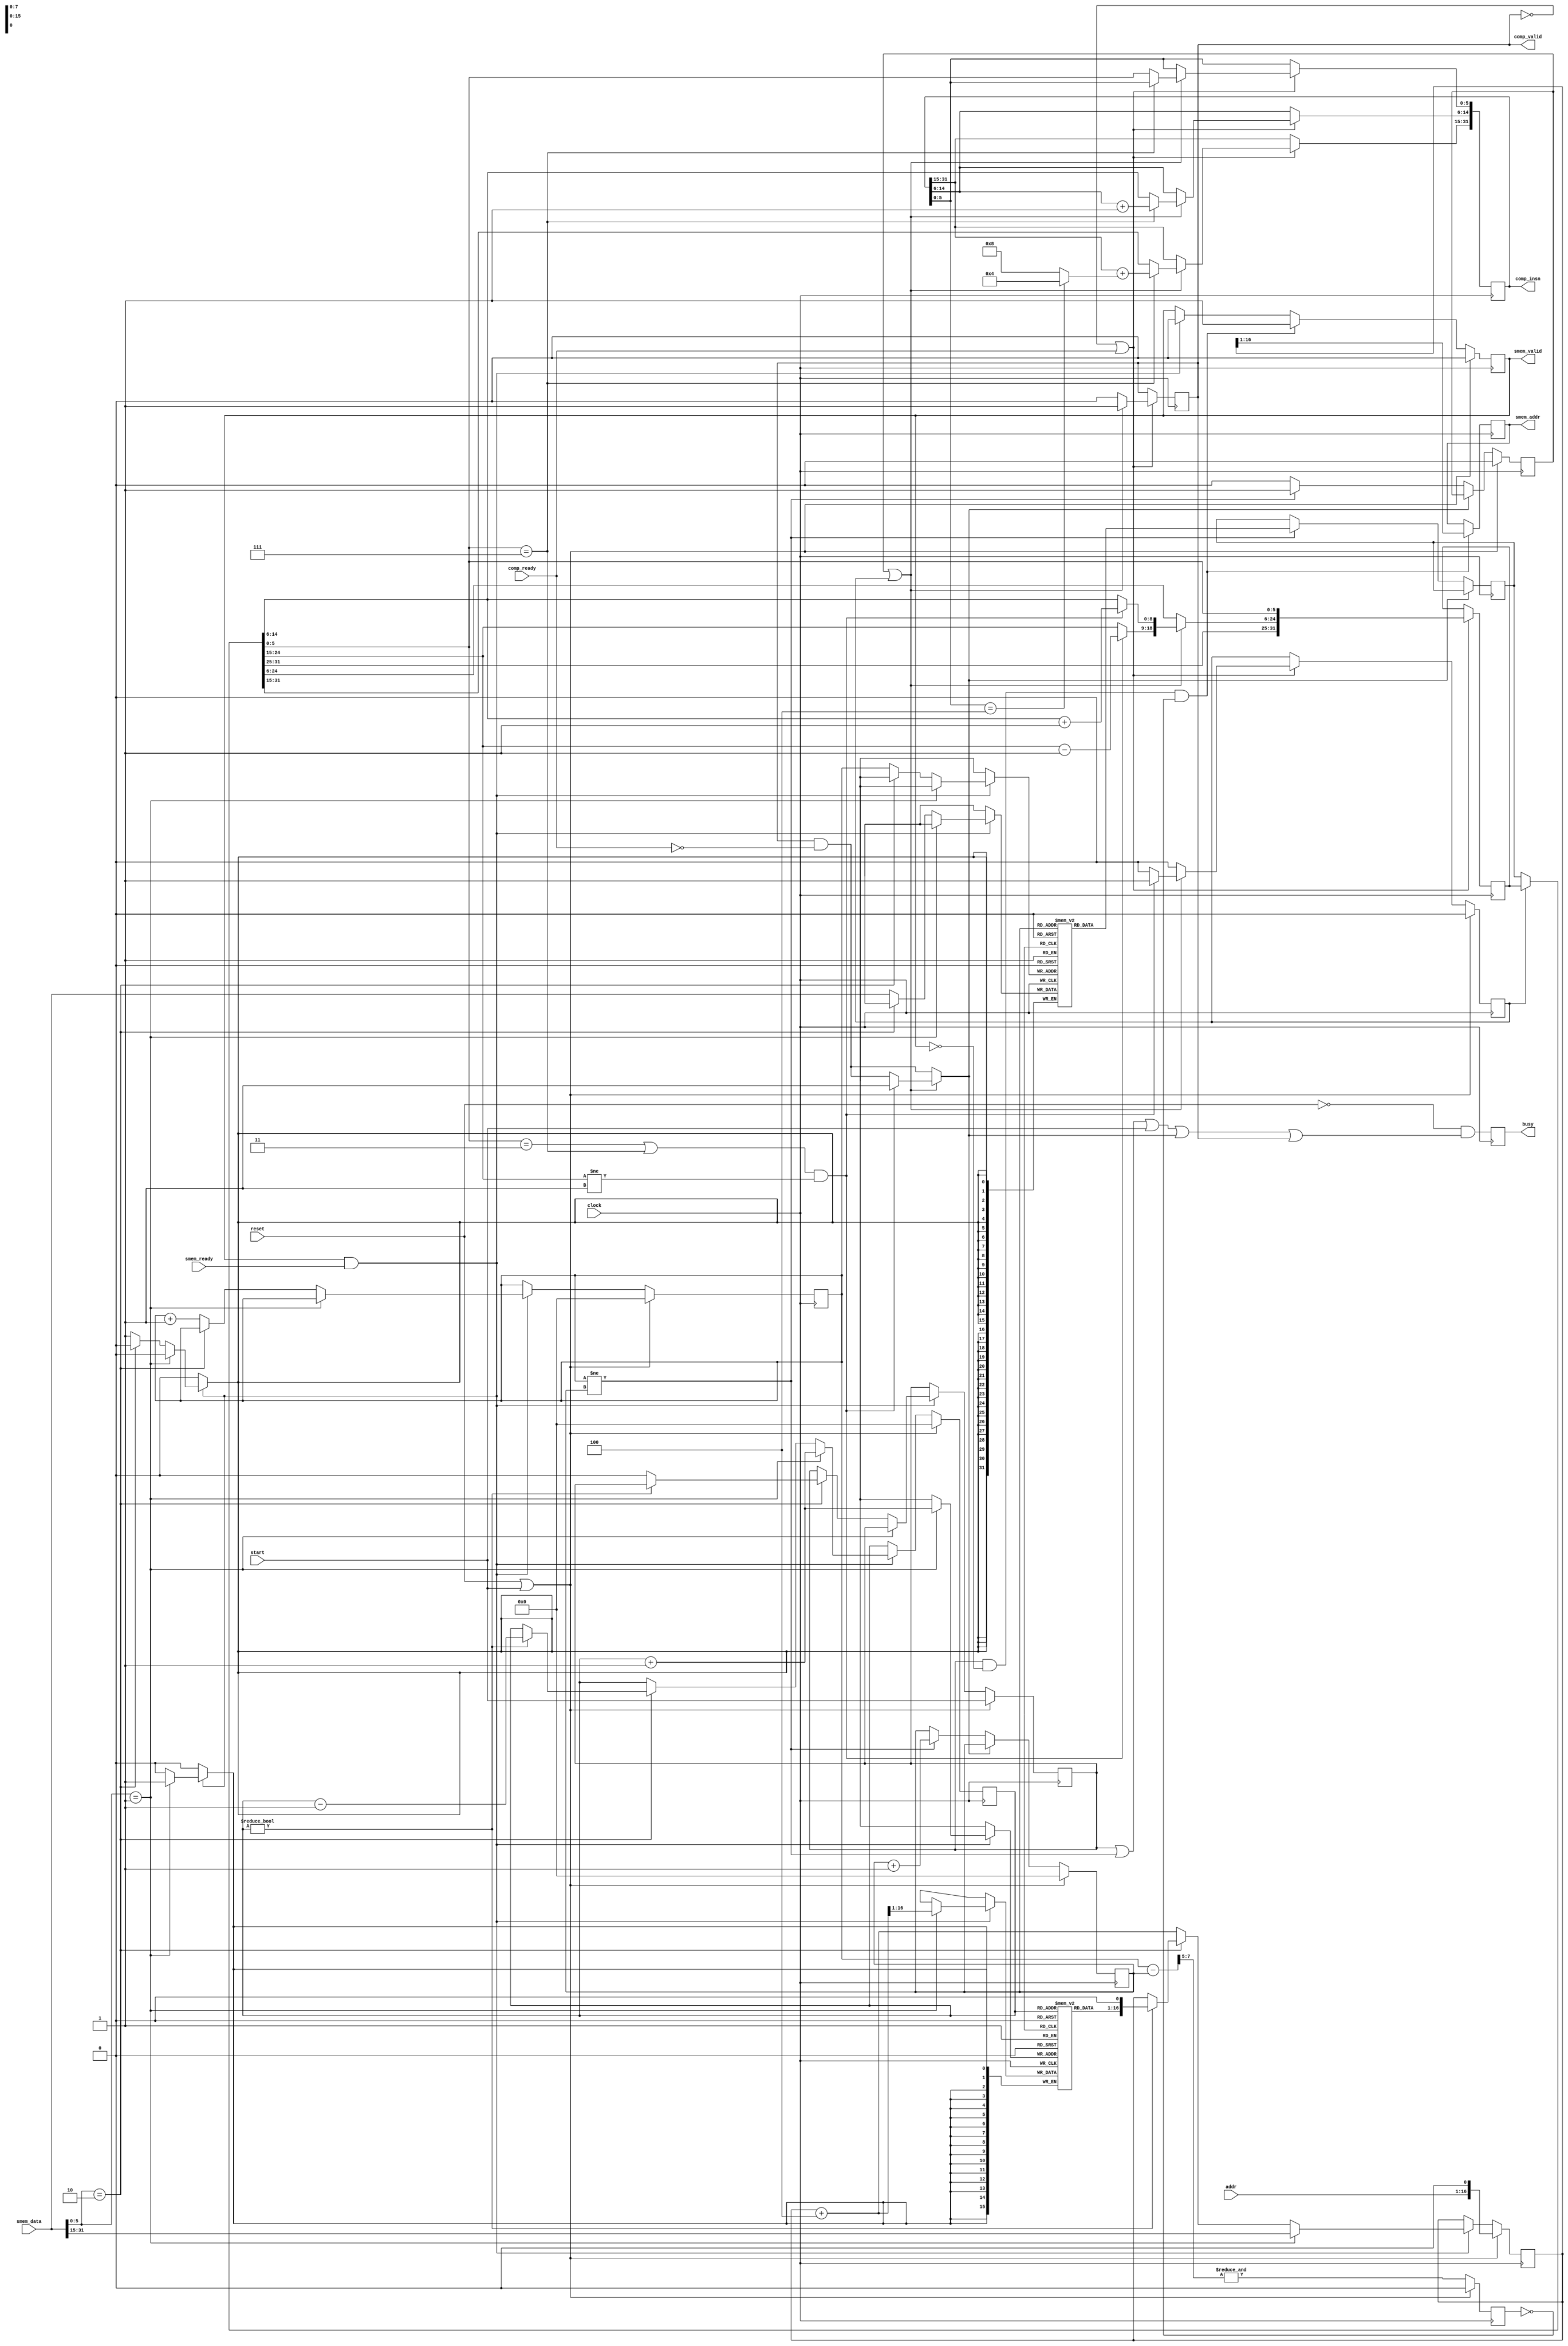
/*
 *  Copyright (C) 2018  Clifford Wolf <clifford@symbioticeda.com>
 *
 *  Permission to use, copy, modify, and/or distribute this software for any
 *  purpose with or without fee is hereby granted, provided that the above
 *  copyright notice and this permission notice appear in all copies.
 *
 *  THE SOFTWARE IS PROVIDED "AS IS" AND THE AUTHOR DISCLAIMS ALL WARRANTIES
 *  WITH REGARD TO THIS SOFTWARE INCLUDING ALL IMPLIED WARRANTIES OF
 *  MERCHANTABILITY AND FITNESS. IN NO EVENT SHALL THE AUTHOR BE LIABLE FOR
 *  ANY SPECIAL, DIRECT, INDIRECT, OR CONSEQUENTIAL DAMAGES OR ANY DAMAGES
 *  WHATSOEVER RESULTING FROM LOSS OF USE, DATA OR PROFITS, WHETHER IN AN
 *  ACTION OF CONTRACT, NEGLIGENCE OR OTHER TORTIOUS ACTION, ARISING OUT OF
 *  OR IN CONNECTION WITH THE USE OR PERFORMANCE OF THIS SOFTWARE.
 *
 */

module marlann_sequencer (
	input             clock,
	input             reset,
	input             start,
	input      [15:0] addr,
	output reg        busy,

	output reg        smem_valid,
	input             smem_ready,
	output reg [15:0] smem_addr,
	input      [31:0] smem_data,

	output reg        comp_valid,
	input             comp_ready,
	output reg [31:0] comp_insn
);
	localparam [5:0] opcode_sync    = 0;
	localparam [5:0] opcode_call    = 1;
	localparam [5:0] opcode_return  = 2;
	localparam [5:0] opcode_execute = 3;
	localparam [5:0] opcode_contld  = 7;

	/**** Front-End ****/

	reg running;
	reg [16:0] pc;

	reg [7:0] callstack_ptr;
	reg [15:0] callstack [0:255];

	reg [7:0] queue_iptr, queue_optr;
	reg [31:0] queue [0:255];

	wire [7:0] queue_fill = queue_iptr - queue_optr;
	reg queue_full;

	always @(posedge clock) begin
		if (smem_valid && smem_ready) begin
			smem_valid <= 0;
			if (smem_data[5:0] == opcode_call) begin
				callstack_ptr <= callstack_ptr + 1;
				callstack[callstack_ptr+1] <= (pc + 4) >> 1;
				pc <= smem_data[31:15];
			end else
			if (smem_data[5:0] == opcode_return) begin
				if (callstack_ptr) begin
					callstack_ptr <= callstack_ptr - 1;
					pc <= callstack[callstack_ptr] << 1;
				end else begin
					running <= 0;
				end
			end else begin
				queue_iptr <= queue_iptr + 1;
				queue[queue_iptr] <= smem_data;
				pc <= pc + 4;
			end
		end

		if (running && !smem_valid && !queue_full) begin
			smem_valid <= 1;
			smem_addr <= pc >> 1;
		end

		queue_full <= &queue_fill[7:5];

		if (reset || start) begin
			pc <= addr << 1;
			running <= start;
			smem_valid <= 0;
			callstack_ptr <= 0;
			queue_iptr <= 0;
			queue_full <= 0;
		end
	end

	/**** Back-End ****/

	reg [31:0] queue_insn;
	reg queue_insn_valid;

	reg [31:0] buffer_insn;
	reg buffer_insn_valid;

	wire insn_valid = queue_insn_valid || buffer_insn_valid;
	wire [31:0] insn = buffer_insn_valid ? buffer_insn : queue_insn;

	reg stall_queue;
	reg next_buffer_insn_valid;
	reg [31:0] next_buffer_insn;

	always @* begin
		stall_queue = comp_valid && !comp_ready;
		next_buffer_insn = insn;
		next_buffer_insn_valid = 0;

		if (insn_valid) begin
			if (((insn[5:0] == opcode_execute) || (insn[5:0] == opcode_contld)) && (insn[24:15] != 1)) begin
				stall_queue = 1;
				next_buffer_insn_valid = 1;
				next_buffer_insn[24:15] = insn[24:15] - 1;
				next_buffer_insn[14:6] = insn[14:6] + 1;
			end
		end
	end

	always @(posedge clock) begin
		if (!stall_queue) begin
			if (queue_iptr != queue_optr) begin
				queue_optr <= queue_optr + 1;
				queue_insn <= queue[queue_optr];
				queue_insn_valid <= 1;
			end else begin
				queue_insn_valid <= 0;
			end
		end
		
		if (!comp_valid || comp_ready) begin
			buffer_insn <= next_buffer_insn;
			buffer_insn_valid <= next_buffer_insn_valid;

			if (insn_valid) begin
				comp_valid <= 1;
				if (insn[5:0] == opcode_contld) begin
					comp_insn[31:15] <= comp_insn[31:15] + (comp_insn[5:0] == 4 ? 4 : 8);
					comp_insn[14:6] <= comp_insn[14:6] + 1;
				end else begin
					comp_insn <= insn;
				end
			end else begin
				comp_valid <= 0;
			end
		end

		if (reset || start) begin
			queue_insn_valid <= 0;
			buffer_insn_valid <= 0;
			queue_optr <= 0;
		end
	end

	/**** Busy ****/

	always @(posedge clock) begin
		busy <= !reset && (running || queue_iptr != queue_optr || start || stall_queue || comp_valid);
	end
endmodule